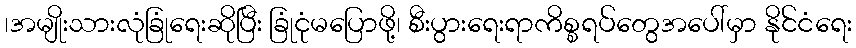
၊အမျိုးသားလုံခြုံရေးဆိုပြီး ခြုံငုံမပြောဖို့၊ စီးပွားရေးရာကိစ္စရပ်တွေအပေါ်မှာ နိုင်ငံရေး